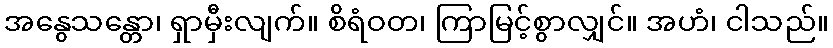
အနွေသန္တော၊ ရှာမှီးလျက်။ စိရံဝတ၊ ကြာမြင့်စွာလျှင်။ အဟံ၊ ငါသည်။